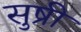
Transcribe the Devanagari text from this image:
सुष्री